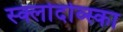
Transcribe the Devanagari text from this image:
स्क्लोदोव्स्का